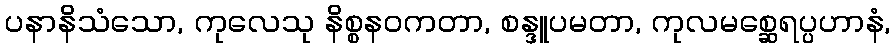
ပနာနိသံသော, ကုလေသု နိစ္စနဝကတာ, စန္ဒူပမတာ, ကုလမစ္ဆေရပ္ပဟာနံ,